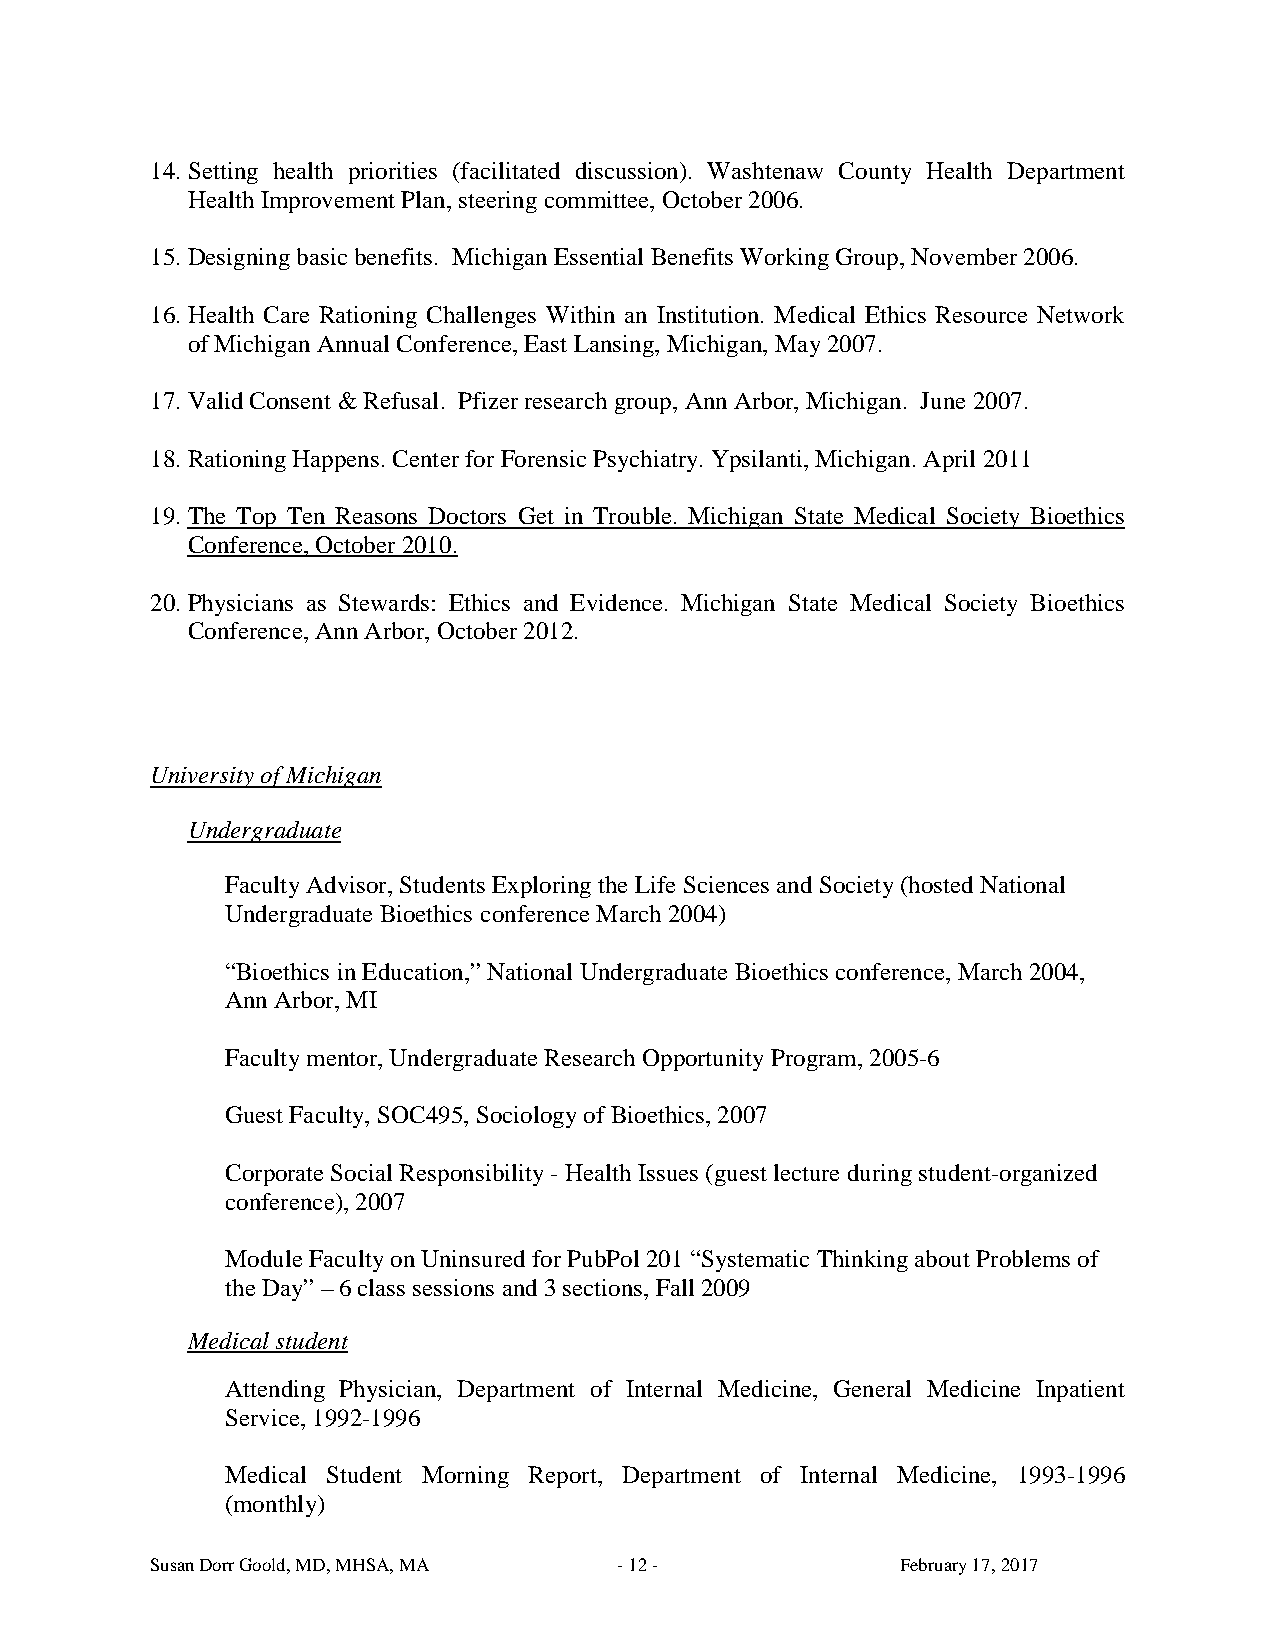
14. Setting health priorities (facilitated discussion). Washtenaw County Health Department
 Health Improvement Plan, steering committee, October 2006.
 15. Designing basic benefits. Michigan Essential Benefits Working Group, November 2006.
 16. Health Care Rationing Challenges Within an Institution. Medical Ethics Resource Network
 of Michigan Annual Conference, East Lansing, Michigan, May 2007.
 17. Valid Consent & Refusal. Pfizer research group, Ann Arbor, Michigan. June 2007.
 18. Rationing Happens. Center for Forensic Psychiatry. Ypsilanti, Michigan. April 2011
 19. The Top Ten Reasons Doctors Get in Trouble. Michigan State Medical Society Bioethics
 Conference, October 2010.
 20. Physicians as Stewards: Ethics and Evidence. Michigan State Medical Society Bioethics
 Conference, Ann Arbor, October 2012.
 University of Michigan
 Undergraduate
 Faculty Advisor, Students Exploring the Life Sciences and Society (hosted National
 Undergraduate Bioethics conference March 2004)
 “Bioethics in Education,” National Undergraduate Bioethics conference, March 2004,
 Ann Arbor, MI
 Faculty mentor, Undergraduate Research Opportunity Program, 2005-6
 Guest Faculty, SOC495, Sociology of Bioethics, 2007
 Corporate Social Responsibility - Health Issues (guest lecture during student-organized
 conference), 2007
 Module Faculty on Uninsured for PubPol 201 “Systematic Thinking about Problems of
 the Day” – 6 class sessions and 3 sections, Fall 2009
 Medical student
 Attending Physician, Department of Internal Medicine, General Medicine Inpatient
 Service, 1992-1996
 Medical Student Morning Report, Department of Internal Medicine, 1993-1996
 (monthly)
 Susan Dorr Goold, MD, MHSA, MA - 12 -             February 17, 2017